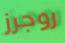
روجرز